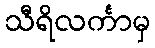
သီရိလင်္ကာမှ